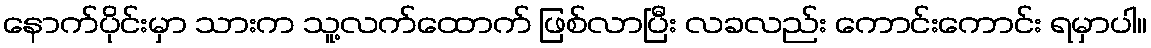
နောက်ပိုင်းမှာ သားက သူ့လက်ထောက် ဖြစ်လာပြီး လခလည်း ကောင်းကောင်း ရမှာပါ။